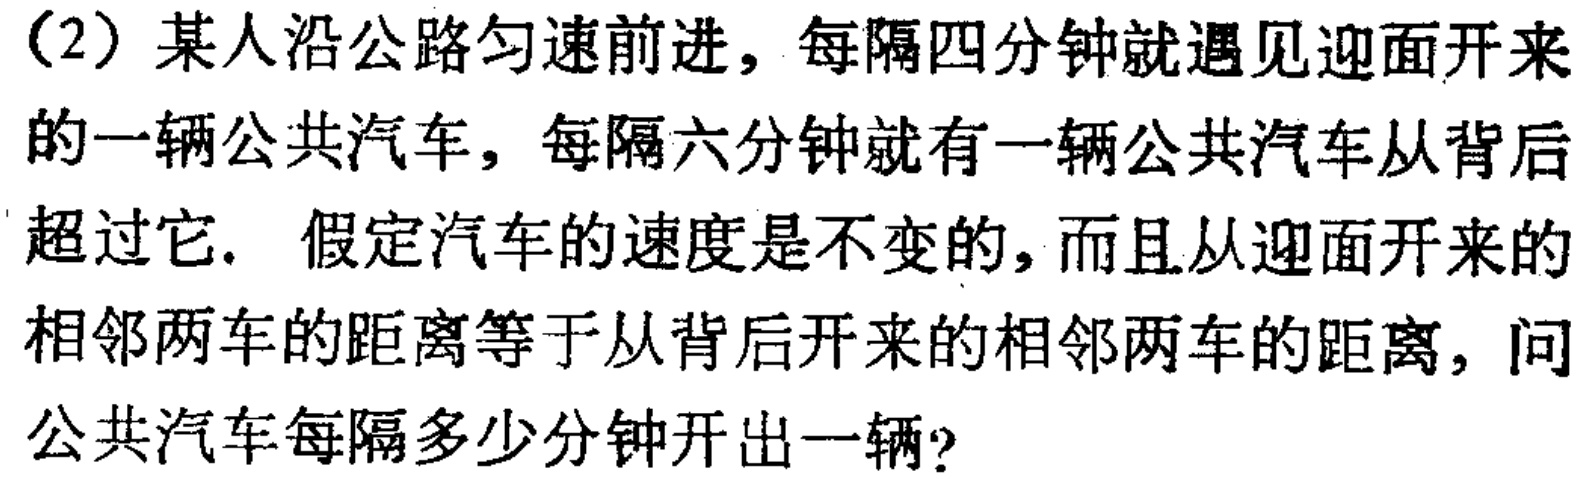
（2）某人沿公路匀速前进，每隔四分钟就遇见迎面开来的一辆公共汽车，每隔六分钟就有一辆公共汽车从背后超过它. 假定汽车的速度是不变的，而且从迎面开来的相邻两车的距离等于从背后开来的相邻两车的距离，问公共汽车每隔多少分钟开出一辆？